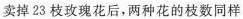
卖掉23枝玫瑰花后，两种花的枝数同样